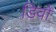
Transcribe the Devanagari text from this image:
डिवो